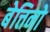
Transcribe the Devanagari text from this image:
बेत्तिनो